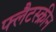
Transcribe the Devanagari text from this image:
फ्लैटस्क्रीन